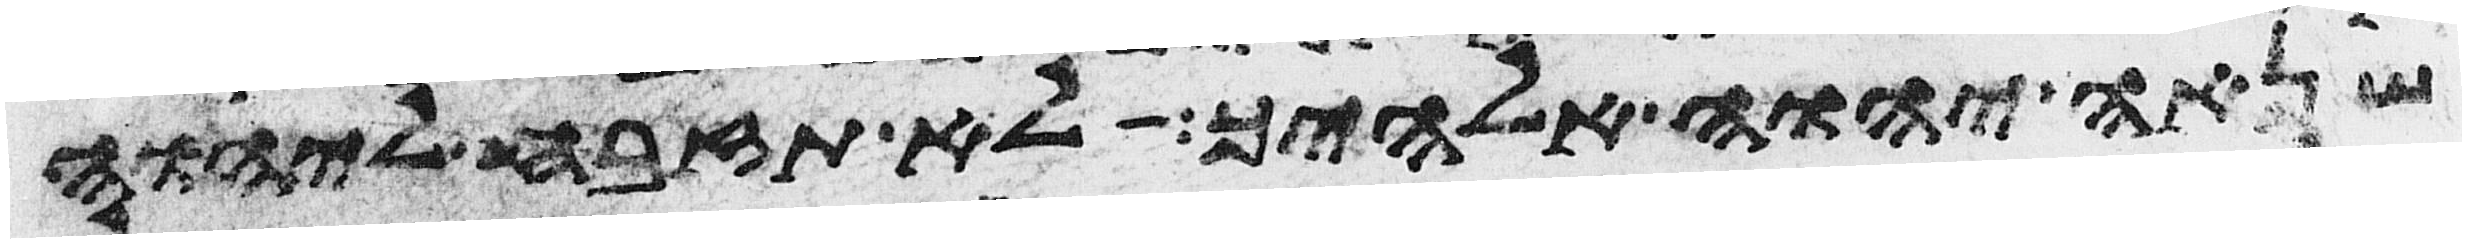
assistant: שנאה יהוה אלהיך לא תזבח ליהוה